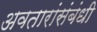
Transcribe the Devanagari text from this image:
अवतारांसंबंधी